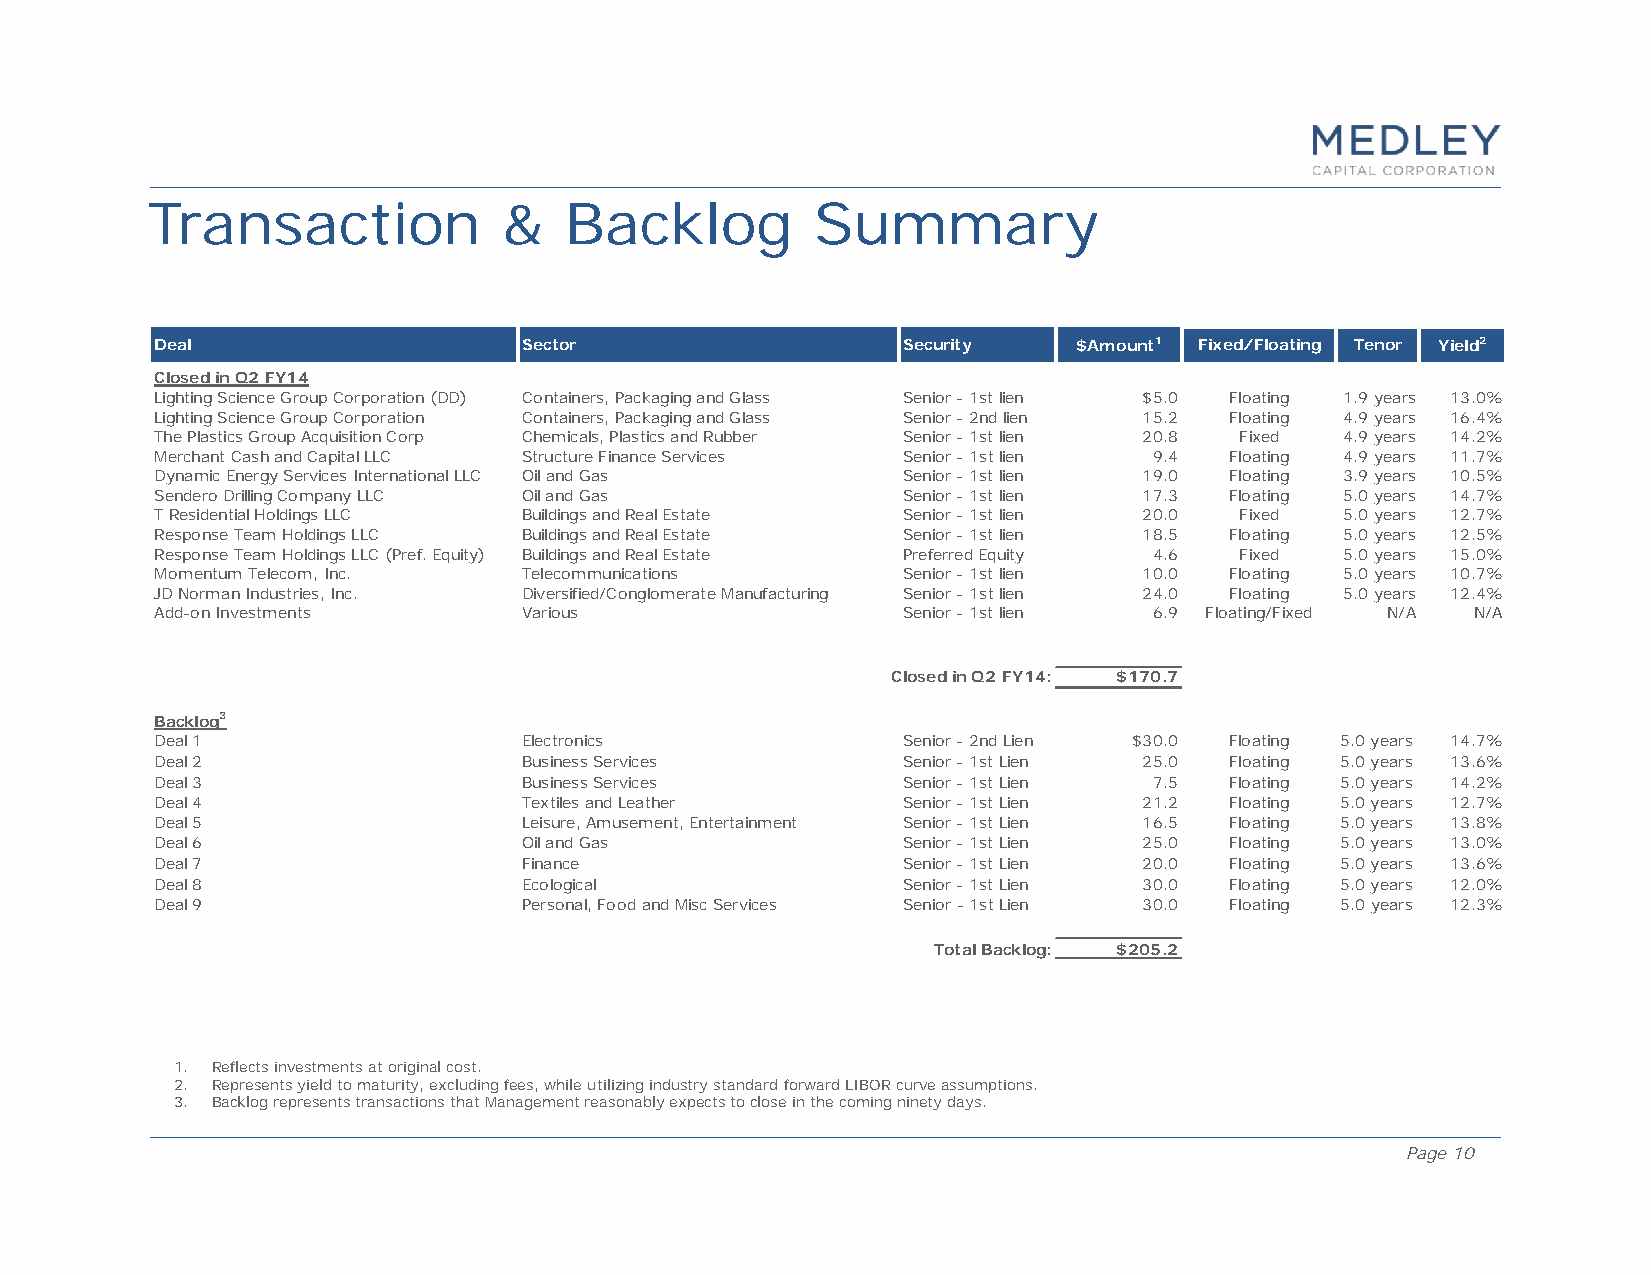
Transaction            &   Backlog          Summary
 Deal                     Sector                   Security   $Amount1 Fixed/Floating Tenor Yield2
 Closed in Q2 FY14
 Lighting Science Group Corporation (DD) Containers, Packaging and Glass Senior - 1st lien $5.0 Floating 1.9 years 13.0%
 Lighting Science Group Corporation Containers, Packaging and Glass Senior - 2nd lien 15.2 Floating 4.9 years 16.4%
 The Plastics Group Acquisition Corp Chemicals, Plastics and Rubber Senior - 1st lien 20.8 Fixed 4.9 years 14.2%
 Merchant Cash and Capital LLC Structure Finance Services Senior - 1st lien 9.4 Floating 4.9 years 11.7%
 Dynamic Energy Services International LLC Oil and Gas Senior - 1st lien 19.0 Floating 3.9 years 10.5%
 Sendero Drilling Company LLC Oil and Gas          Senior - 1st lien 17.3 Floating 5.0 years 14.7%
 T Residential Holdings LLC Buildings and Real Estate Senior - 1st lien 20.0 Fixed 5.0 years 12.7%
 Response Team Holdings LLC Buildings and Real Estate Senior - 1st lien 18.5 Floating 5.0 years 12.5%
 Response Team Holdings LLC (Pref. Equity) Buildings and Real Estate Preferred Equity 4.6 Fixed 5.0 years 15.0%
 Momentum Telecom, Inc.   Telecommunications       Senior - 1st lien 10.0 Floating 5.0 years 10.7%
 JD Norman Industries, Inc. Diversified/Conglomerate Manufacturing Senior - 1st lien 24.0 Floating 5.0 years 12.4%
 Add-on Investments       Various                  Senior - 1st lien 6.9 Floating/Fixed N/A N/A
 Closed in Q2 FY14: $170.7
 Backlog3
 Deal 1                   Electronics              Senior - 2nd Lien $30.0 Floating 5.0 years 14.7%
 Deal 2                   Business Services        Senior - 1st Lien 25.0 Floating 5.0 years 13.6%
 Deal 3                   Business Services        Senior - 1st Lien 7.5 Floating 5.0 years 14.2%
 Deal 4                   Textiles and Leather     Senior - 1st Lien 21.2 Floating 5.0 years 12.7%
 Deal 5                   Leisure, Amusement, Entertainment Senior - 1st Lien 16.5 Floating 5.0 years 13.8%
 Deal 6                   Oil and Gas              Senior - 1st Lien 25.0 Floating 5.0 years 13.0%
 Deal 7                   Finance                  Senior - 1st Lien 20.0 Floating 5.0 years 13.6%
 Deal 8                   Ecological               Senior - 1st Lien 30.0 Floating 5.0 years 12.0%
 Deal 9                   Personal, Food and Misc Services Senior - 1st Lien 30.0 Floating 5.0 years 12.3%
 Total Backlog: $205.2
 1. Reflects investments at original cost.
 2. Represents yield to maturity, excluding fees, while utilizing industry standard forward LIBOR curve assumptions.
 3. Backlog represents transactions that Management reasonably expects to close in the coming ninety days.
 Page 10